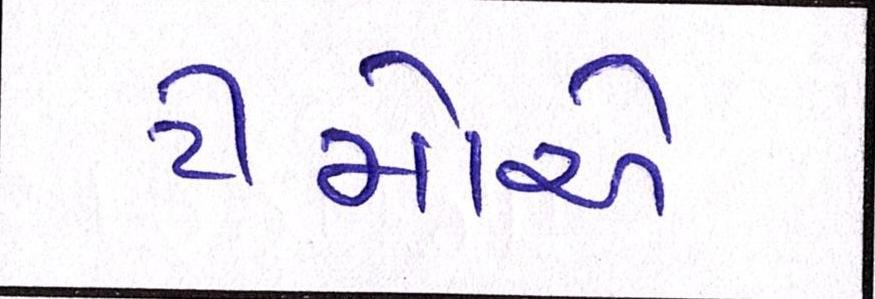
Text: ટીમોએ